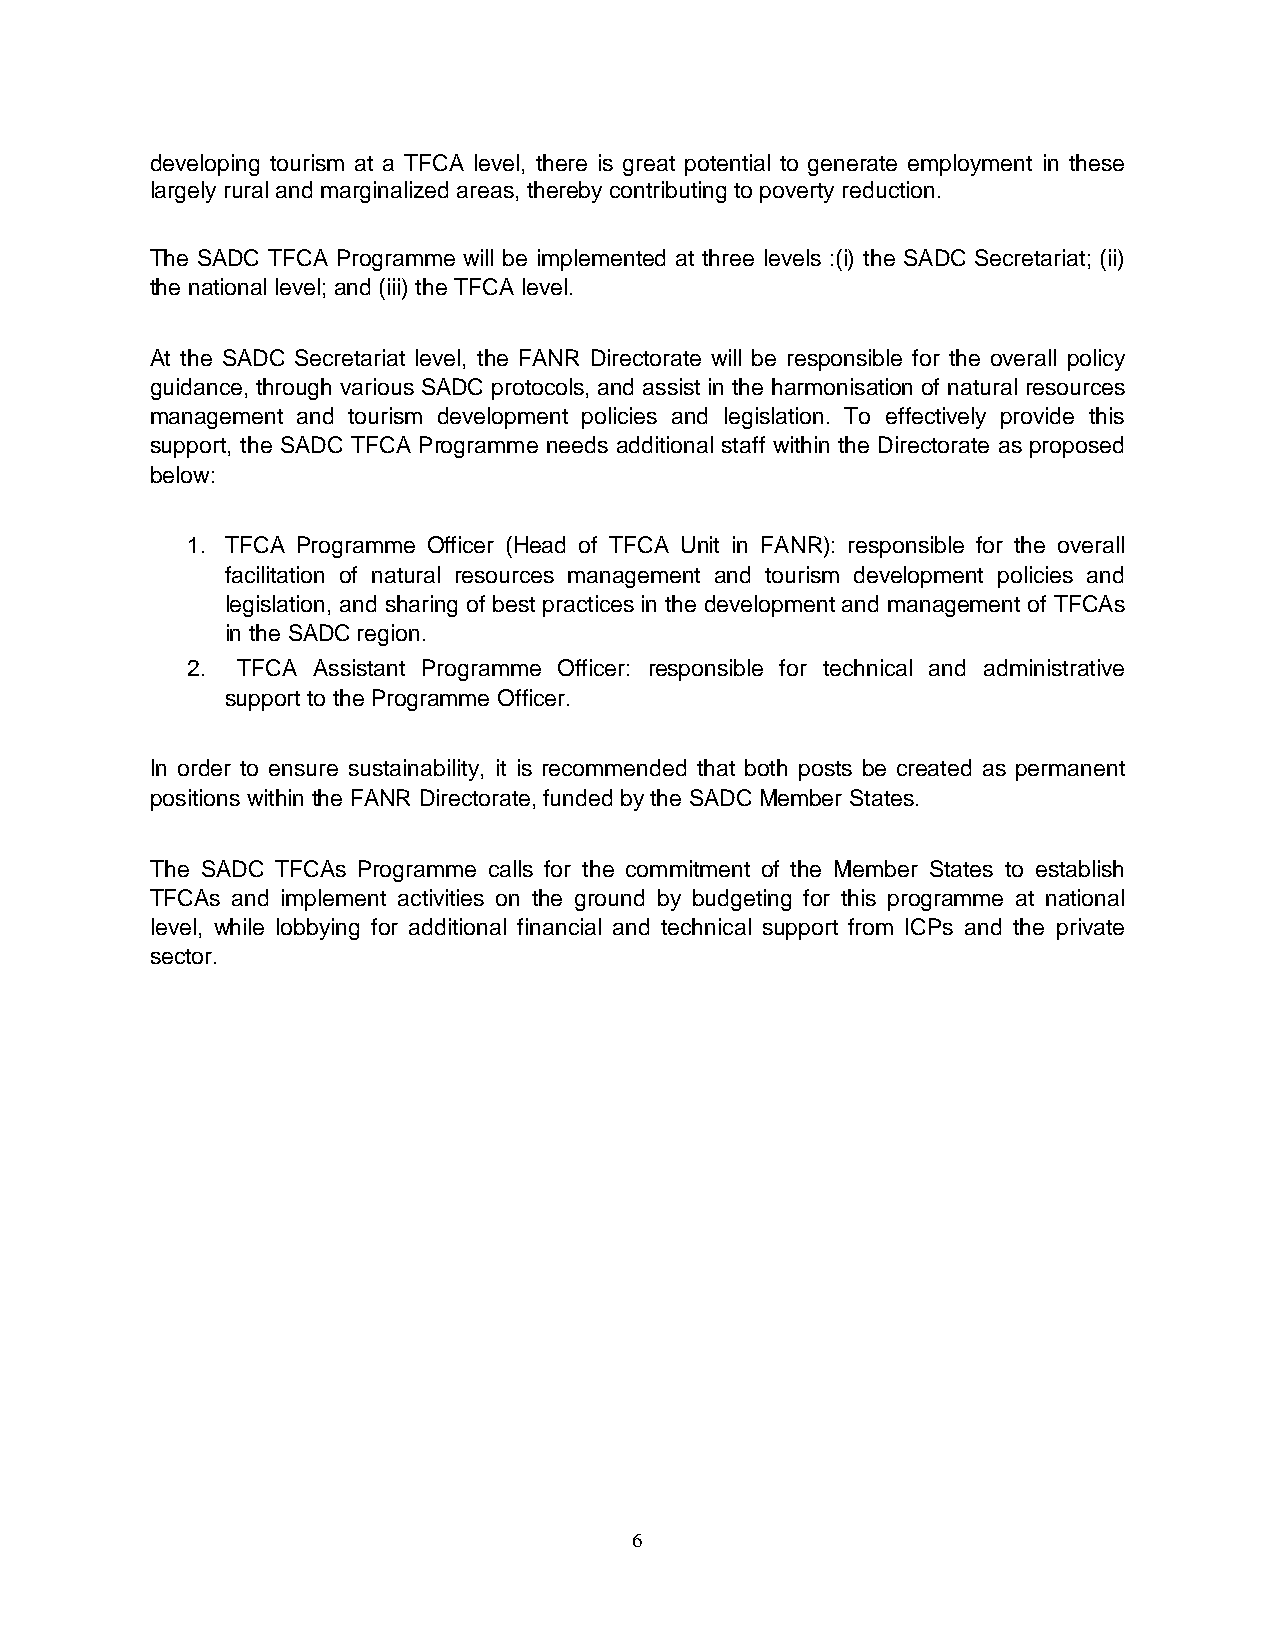
developing tourism at a TFCA level, there is great potential to generate employment in these
 largely rural and marginalized areas, thereby contributing to poverty reduction.
 The SADC TFCA Programme will be implemented at three levels :(i) the SADC Secretariat; (ii)
 the national level; and (iii) the TFCA level.
 At the SADC Secretariat level, the FANR Directorate will be responsible for the overall policy
 guidance, through various SADC protocols, and assist in the harmonisation of natural resources
 management and tourism development policies and legislation. To effectively provide this
 support, the SADC TFCA Programme needs additional staff within the Directorate as proposed
 below:
 1. TFCA Programme Officer (Head of TFCA Unit in FANR): responsible for the overall
 facilitation of natural resources management and tourism development policies and
 legislation, and sharing of best practices in the development and management of TFCAs
 in the SADC region.
 2.  TFCA Assistant Programme Officer: responsible for technical and administrative
 support to the Programme Officer.
 In order to ensure sustainability, it is recommended that both posts be created as permanent
 positions within the FANR Directorate, funded by the SADC Member States.
 The SADC TFCAs Programme calls for the commitment of the Member States to establish
 TFCAs and implement activities on the ground by budgeting for this programme at national
 level, while lobbying for additional financial and technical support from ICPs and the private
 sector.
 6